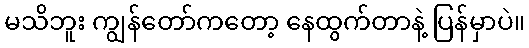
မသိဘူး ကျွန်တော်ကတော့ နေထွက်တာနဲ့ ပြန်မှာပဲ။